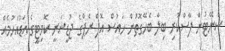
ސެނޭޓުން ފާސްކުރި ބިލާ ބެހޭގޮތުން ހައުސް އޮފް ރެޕްގެ ޖުޑީޝަރީ ކޮމިޓީގެ އަޑުއެހުމެއް